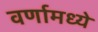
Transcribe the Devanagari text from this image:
वर्णामध्ये